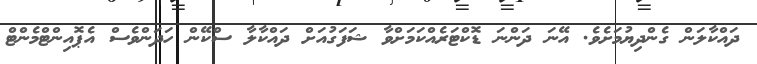
ދައްކާލަން ގެންދިޔުމަށެވެ. އޭނަ ދަންނަ ޑޮކްޓަރެއްކަމަށްވާ ޝަފަގުއަށް ދައްކާލާ ސްކޭން ހަދަންވެސް އެޕޮއިންޓްމެންޓް